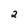
Character: 2